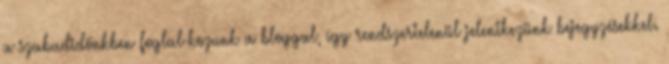
a szabadidőnkben foglal-kozunk a bloggal, így rendszertelenül jelentkezünk bejegyzésekkel.